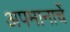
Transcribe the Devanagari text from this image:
अपमानाचें